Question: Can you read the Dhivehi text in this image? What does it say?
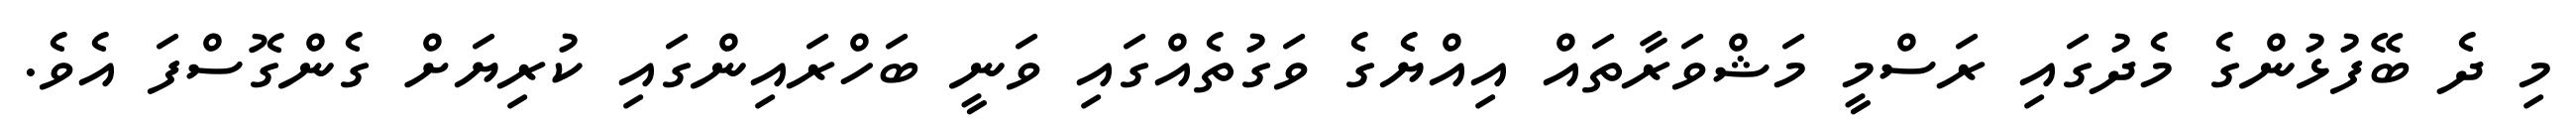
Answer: މި ދެ ބޭފުޅުންގެ މެދުގައި ރަސްމީ މަޝްވަރާތައް އިއްޔެގެ ވަގުތެއްގައި ވަނީ ބަހްރައިންގައި ކުރިޔަށް ގެންގޮސްފަ އެވެ.